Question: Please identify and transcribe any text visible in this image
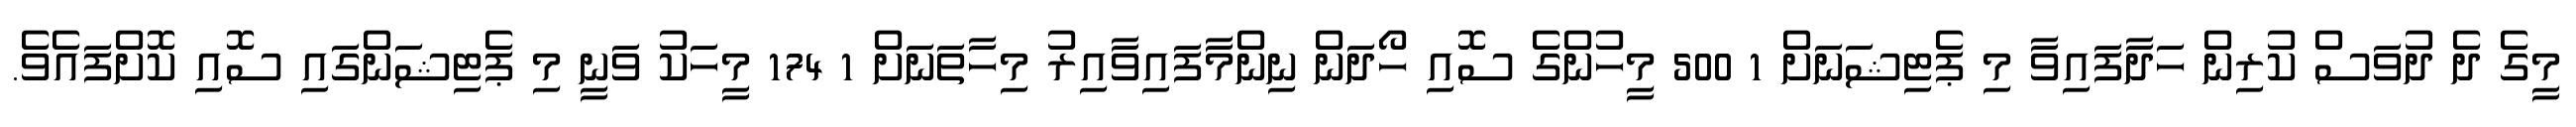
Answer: މީގެ ދެ ދުވަސް ކުރިން ހަދާފައިވާ މި ޕެޓިޝަނަށް 1 500 މީހުންގެ ސޮއި ހޯދަން ނިންމާފައިވާއިރު މިހާތަނަށް 1 174 މީހަކު ވަނީ މި ޕެޓިޝަންގައި ސޮއި ކޮށްފައެވެ.